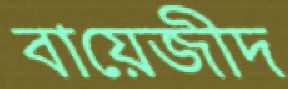
বায়েজীদ